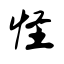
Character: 怪